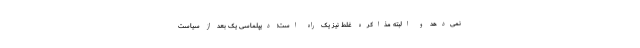
نمی‌دهد و البته مذاکره غلط نیز یک راه است؛ دیپلماسی یک بُعد از سیاست